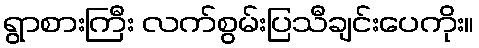
ရွာစားကြီး လက်စွမ်းပြသီချင်းပေကိုး။